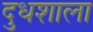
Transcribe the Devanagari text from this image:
दुधशाला